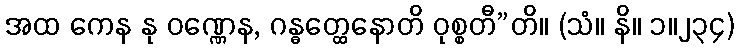
အထ ကေန နု ဝဏ္ဏေန, ဂန္ဓတ္ထေနောတိ ဝုစ္စတီ”တိ။ (သံ။ နိ။ ၁။၂၃၄)